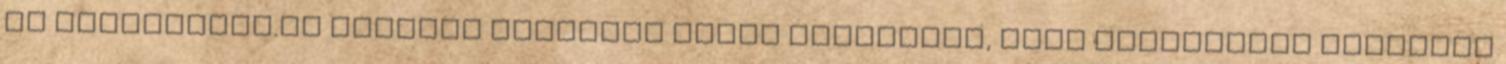
Az Agroinform.hu sütiket alkalmaz annak érdekében, hogy látgatóink releváns